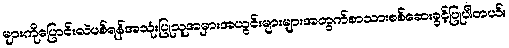
များကိုပြောင်းလဲပစ်ရန်အသုံးပြုသူအမှားအယွင်းများများအတွက်စာသားစစ်ဆေးခွင့်ပြုပါတယ်။